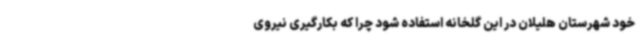
خود شهرستان هلیلان در این گلخانه استفاده شود چرا که بکارگیری نیروی